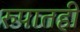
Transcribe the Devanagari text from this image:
रुपातही